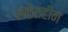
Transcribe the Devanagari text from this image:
संकेतहीन